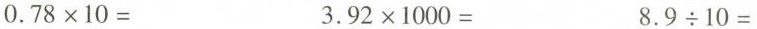
$$ 0 . 7 8 \times 1 0 =$$ $$3 . 9 2 \times 1 0 0